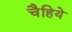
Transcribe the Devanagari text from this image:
चैहिये